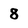
Character: 8